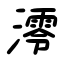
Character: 澪